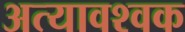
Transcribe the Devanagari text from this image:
अत्यावश्वक